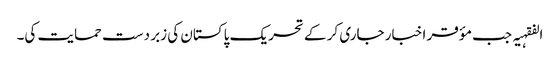
الفقہیہ جب مؤقر اخبار جاری کر کے تحریک پاکستان کی زبر دست حمایت کی۔